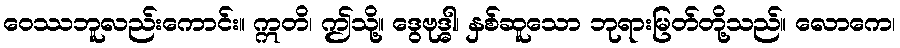
ဝေဿဘူလည်းကောင်း။ ဣတိ၊ ဤသို့။ ဒွေဗုဒ္ဓါ၊ နှစ်ဆူသော ဘုရားမြတ်တို့သည်။ လောကေ၊